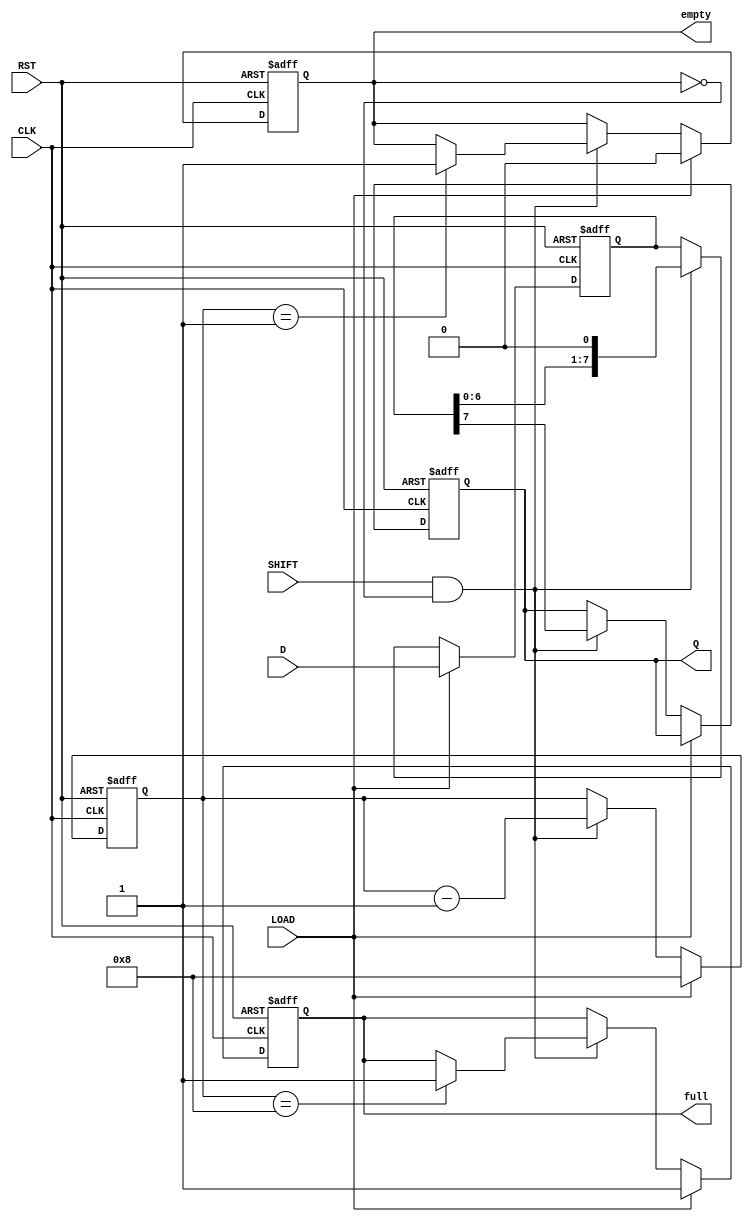
module PISO_Register #(
    parameter N = 8,        // Width of the data input
    parameter MSB_FIRST = 1 // 1 for MSB first, 0 for LSB first
)(
    input wire [N-1:0] D,   // Parallel data input
    input wire SHIFT,        // Shift control signal
    input wire LOAD,         // Load control signal
    input wire CLK,          // Clock signal
    input wire RST,          // Reset signal
    output reg Q,            // Serial output
    output reg full,         // Full indicator
    output reg empty         // Empty indicator
);

    reg [N-1:0] shift_reg;   // Internal shift register
    reg [3:0] bit_count;     // To track number of bits loaded

    // Asynchronous reset
    always @(posedge CLK or posedge RST) begin
        if (RST) begin
            shift_reg <= 0;
            Q <= 0;
            full <= 0;
            empty <= 1;
            bit_count <= 0;
        end else begin
            // Load data into the register
            if (LOAD) begin
                shift_reg <= D;
                full <= 1;
                empty <= 0;
                bit_count <= N; // Set bit count to width of data
            end else if (SHIFT && !empty) begin
                // Shifting operation
                if (MSB_FIRST) begin
                    Q <= shift_reg[N-1]; // Output MSB
                    shift_reg <= {shift_reg[N-2:0], 1'b0}; // Shift left
                end else begin
                    Q <= shift_reg[0]; // Output LSB
                    shift_reg <= {1'b0, shift_reg[N-1:1]}; // Shift right
                end
                
                bit_count <= bit_count - 1; // Decrement bit count

                // Update full and empty indicators
                if (bit_count == 1) begin
                    empty <= 1;
                end
                if (bit_count == N) begin
                    full <= 1;
                end
            end
        end
    end

endmodule